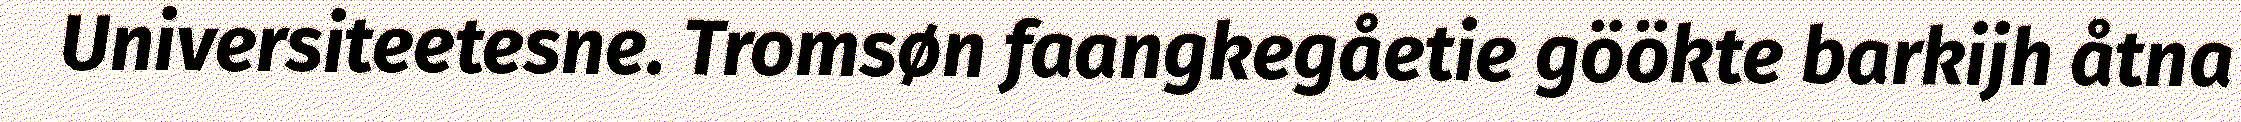
Universiteetesne. Tromsøn faangkegåetie göökte barkijh åtna